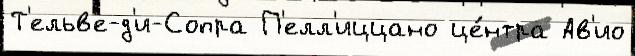
Т'ельв'е-д'и-Сопра П'елл'иццано це́нтра Ав'ио